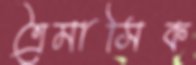
ত্রৈমাসিক